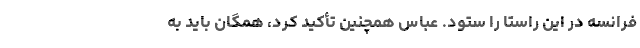
فرانسه در این راستا را ستود. عباس همچنین تأکید کرد، همگان باید به